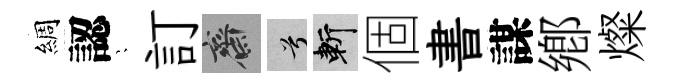
綢認隠訂齋兮斬個書謀鄕燦